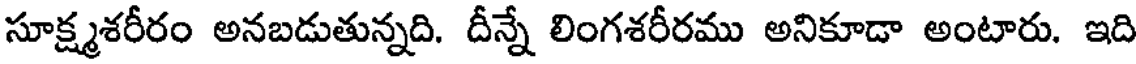
సూక్ష్మశరీరం అనబడుతున్నది. దీన్నే లింగశరీరము అనికూడా అంటారు. ఇది